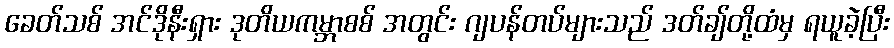
ခေတ်သစ် အင်ဒိုနီးရှား ဒုတိယကမ္ဘာစစ် အတွင်း ဂျပန်တပ်များသည် ဒတ်ချ်တို့ထံမှ ရယူခဲ့ပြီး